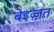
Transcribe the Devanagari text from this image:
बेइज़्ज़त